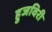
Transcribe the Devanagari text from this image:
हुजविरी